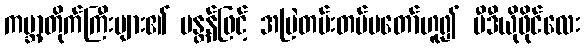
ကမ္ဘာ့တိုက်ကြီးများ၏ မန္တန်ဖြင့် အမြဲတမ်းတပ်မတော်ဟူ၍ ဗီဒီယိုဖိုင်လေး